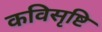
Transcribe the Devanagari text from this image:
कविसृष्टि